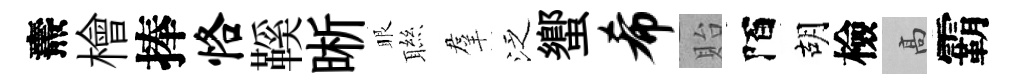
燾檜捧恪鞵晰眼聮羣泛蠁希貽陌胡檢高霸